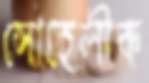
সোহেলীক